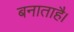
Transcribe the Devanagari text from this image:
बनाताहै।